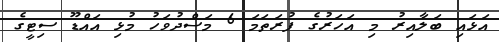
އަޅައި ބަލާއިރު މި އަހަރުގެ ފުރަތަމަ 6 މަސްދުވަހު މުޅި އައްޑޫ ސިޓީގެ